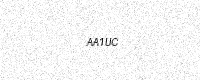
Text: AA1UC